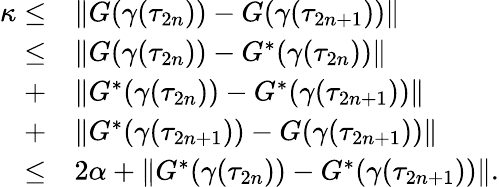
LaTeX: \begin{array}{rl}{\kappa\leq}&{\| G(\gamma(\tau_{2n}))-G(\gamma(\tau_{2n+1}))\| }\\ {\leq}&{\| G(\gamma(\tau_{2n}))-G^{*}(\gamma(\tau_{2n}))\| }\\ {+}&{\| G^{*}(\gamma(\tau_{2n}))-G^{*}(\gamma(\tau_{2n+1}))\| }\\ {+}&{\| G^{*}(\gamma(\tau_{2n+1}))-G(\gamma(\tau_{2n+1}))\| }\\ {\leq}&{2\alpha+\| G^{*}(\gamma(\tau_{2n}))-G^{*}(\gamma(\tau_{2n+1}))\| .}\end{array}